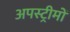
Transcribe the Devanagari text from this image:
अपस्ट्रीमों